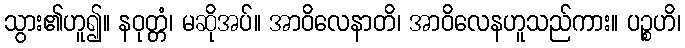
သွား၏ဟူ၍။ နဝုတ္တံ၊ မဆိုအပ်။ အာဝိလေနာတိ၊ အာဝိလေနဟူသည်ကား။ ပဉ္စဟိ၊